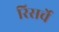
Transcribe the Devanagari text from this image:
रिसर्चे